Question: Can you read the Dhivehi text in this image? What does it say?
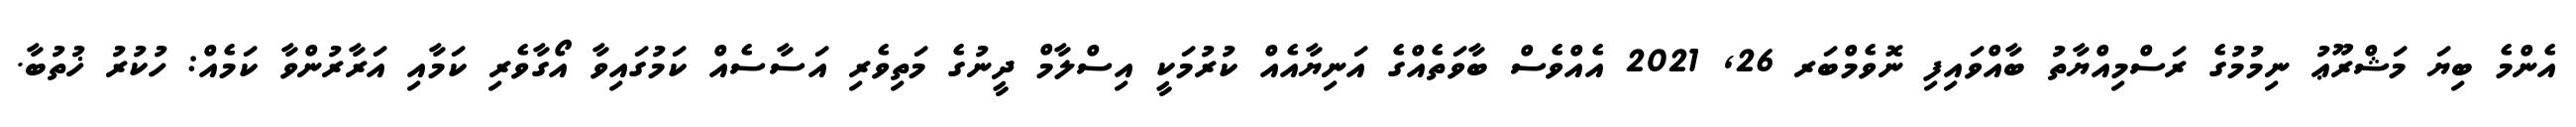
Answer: އެންމެ ބިޔަ މަޝްރޫޢު ނިމުމުގެ ރަސްމިއްޔާތު ބާއްވައިފި ނޮވެމްބަރ 26, 2021 އެއްވެސް ބާވަތެއްގެ އަނިޔާއެއް ކުރުމަކީ އިސްލާމް ދީނުގެ މަތިވެރި އަސާސެއް ކަމުގައިވާ އޯގާވެރި ކަމާއި އަރާރުންވާ ކަމެއް: ހުކުރު ޚުތުބާ.